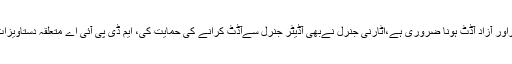
چیف جسٹس نے کہا کہ غیر جانبداراور آزاد آڈٹ ہونا ضروری ہے،اٹارنی جنرل نےبھی آڈیٹر جنرل سےآڈٹ کرانے کی حمایت کی، ایم ڈی پی آئی اے متعلقہ دستاویزات آڈیٹر کو دینے کے پابند ہوں گے۔